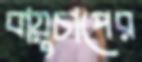
বায়ুচাপের